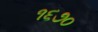
૧૬૭૦